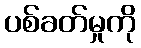
ပစ်ခတ်မှုကို